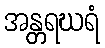
အန္တရဃရံ